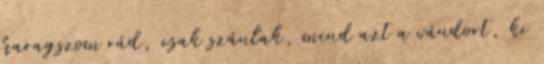
haragszom rád, csak szánlak, mind azt a vándort, ki